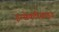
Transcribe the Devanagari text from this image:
इन्सेक्टीसाइड